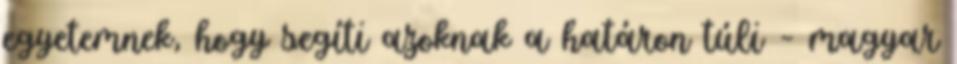
egyetemnek, hogy segíti azoknak a határon túli – magyar